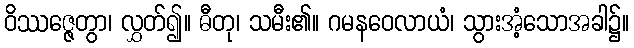
ဝိဿဇ္ဇေတွာ၊ လွှတ်၍။ ဓီတု၊ သမီး၏။ ဂမနဝေလာယံ၊ သွားအံ့သောအခါ၌။